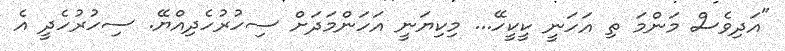
"އަދިވެސް މަންމަ ތި އަހަނީ ކީކީހޭ... މިކިޔަނީ އަހަންމަދަށް ސިހުރުހެދިއްޔޭ. ސިހުރުހެދީ އެ